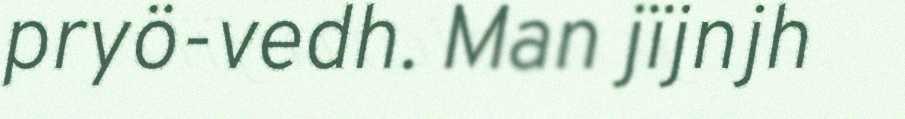
pryö-vedh. Man jïjnjh